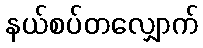
နယ်စပ်တလျှောက်